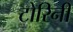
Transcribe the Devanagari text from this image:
टोरिनी